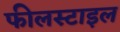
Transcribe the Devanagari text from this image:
फीलस्टाइल